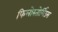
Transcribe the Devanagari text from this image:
फिलोस्तोर्गिउस